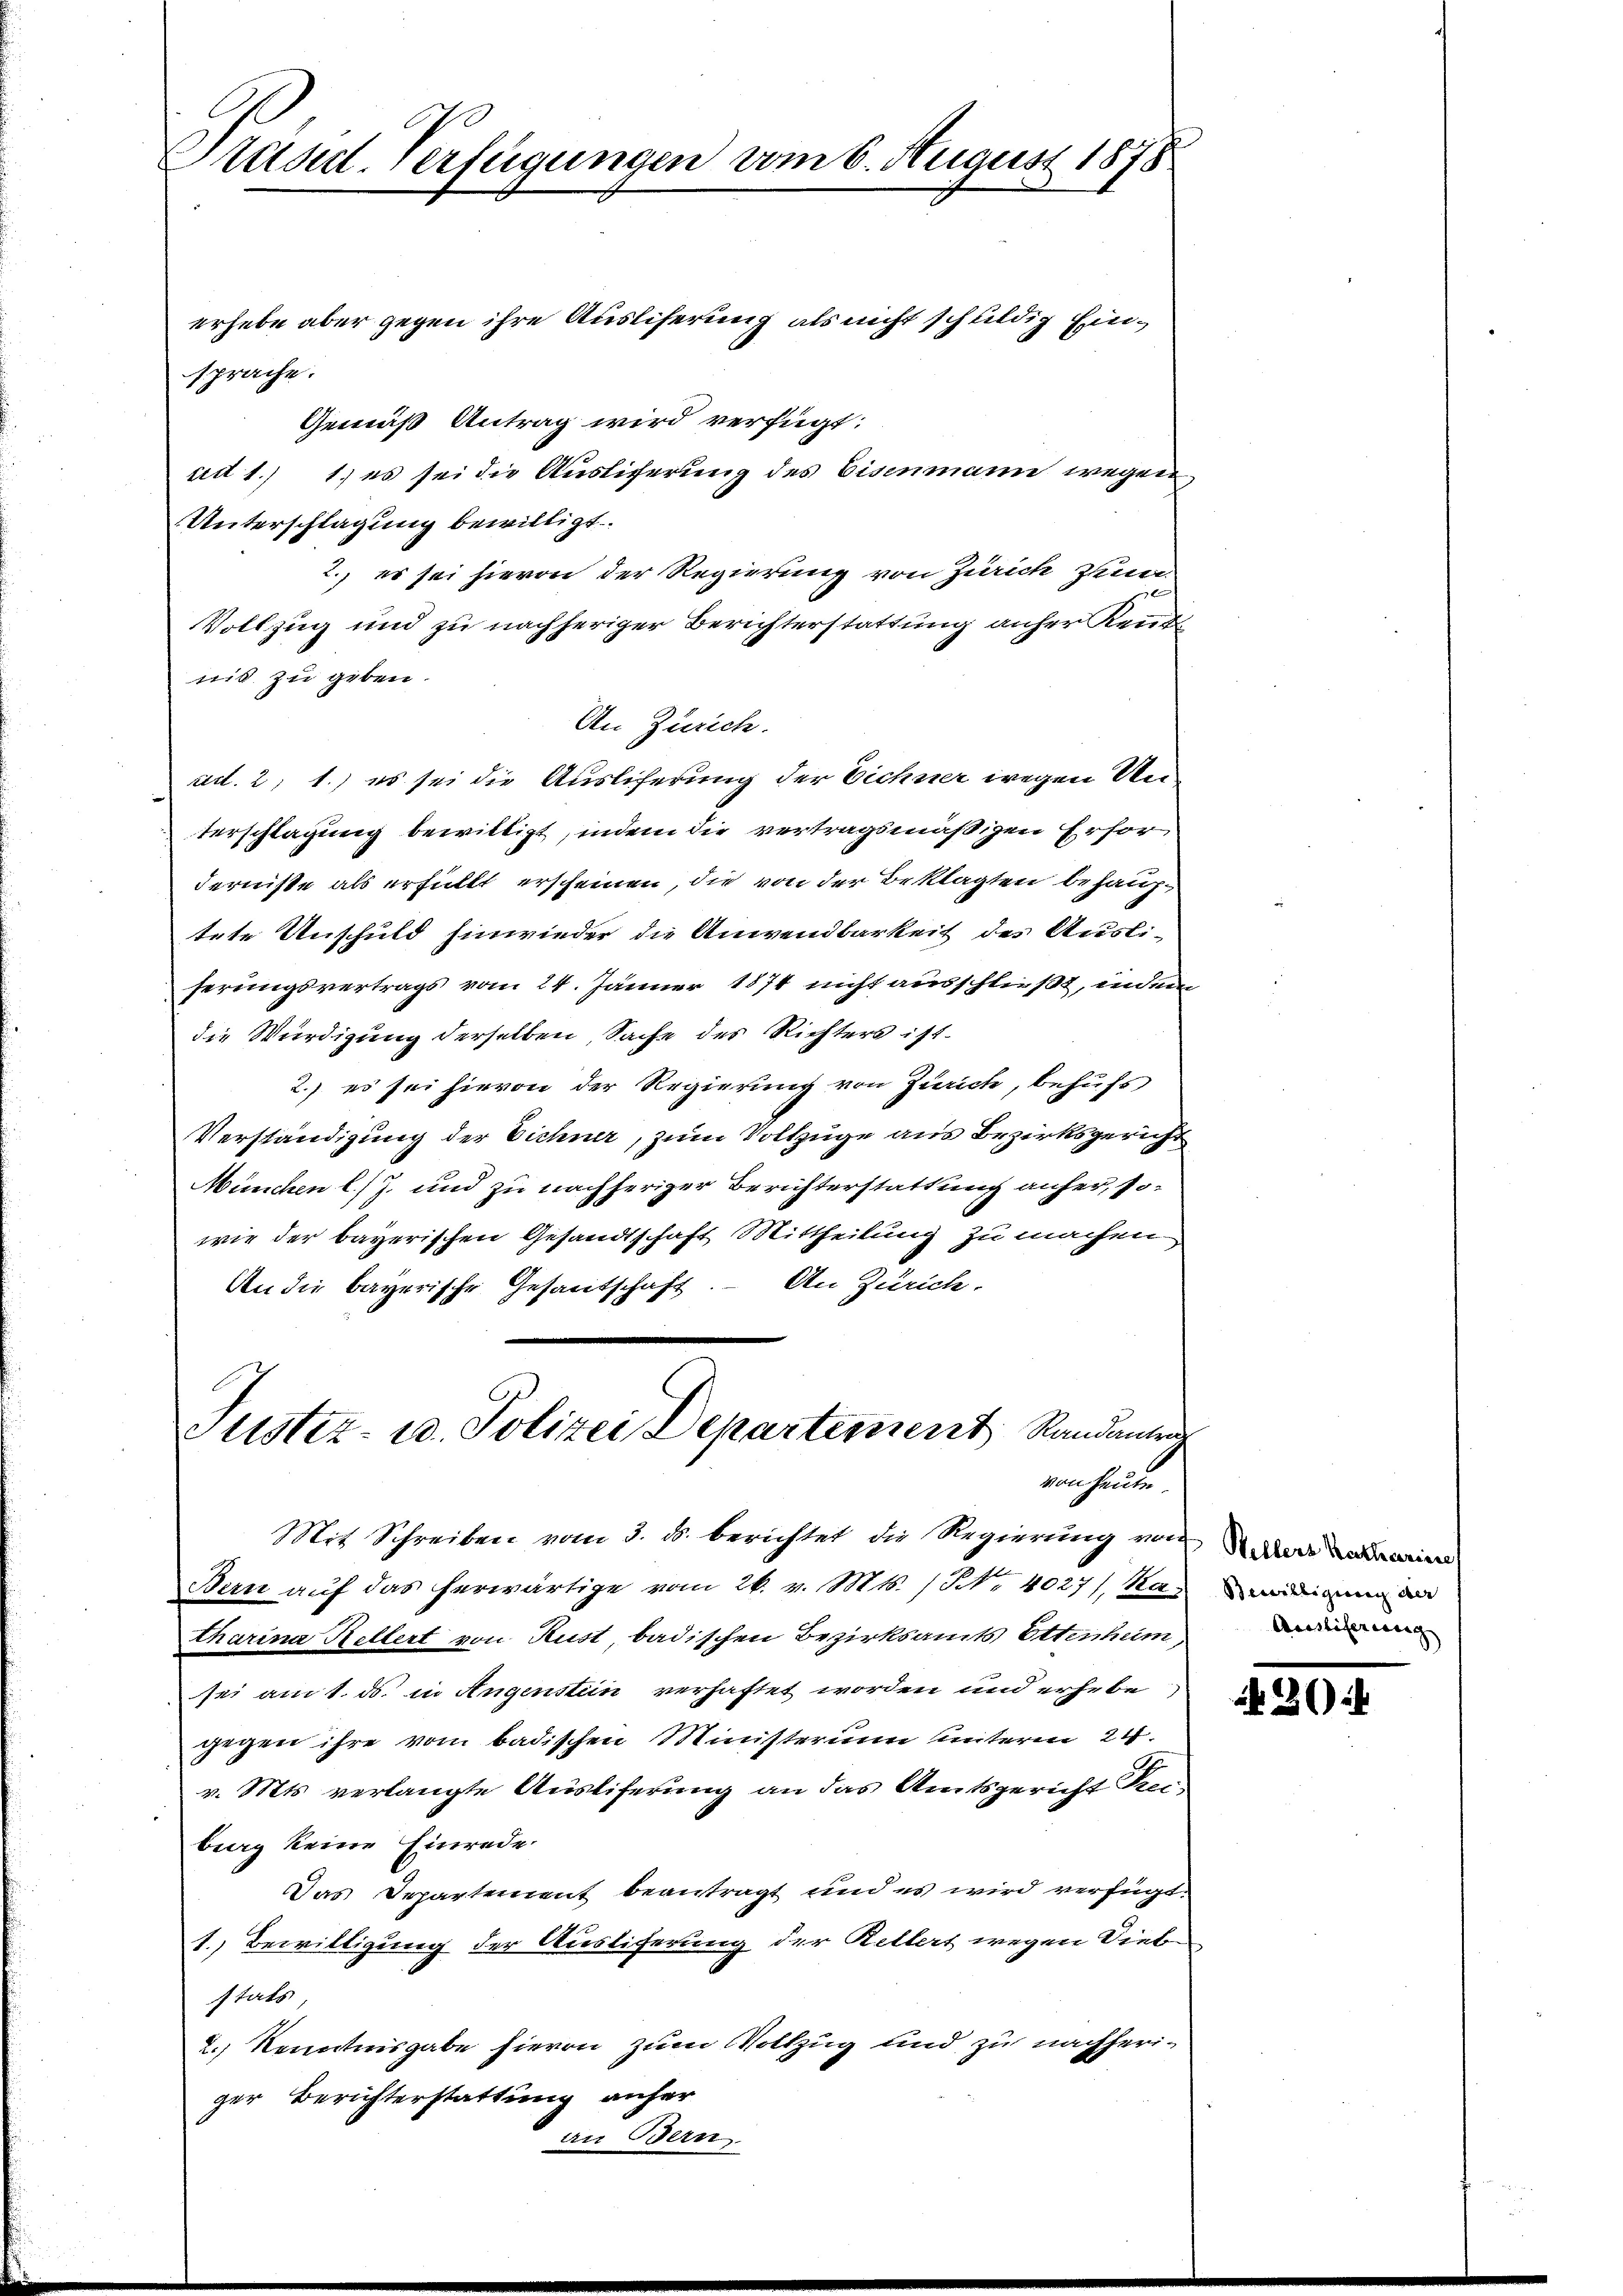
Prasul-Verfügungen vom 6. August 1878
erhebe aber gegen ihre Ausliferung als nicht schuldig hinsprache.

Gemäß Antrag wird verfügt:
ad 1.) 1) es sei die Auslicherung des Eisenmann wegen
Unterschlagung bewilligt.
2., es sei hievon der Regierung von Zürich zuer
e
Vollzug und zu nachheriger Berichterstattung anher Reut
nis zu geben.
An Zürich.
ad. 2, 1.) es sei die Auslieferung der Eichner wegen Unterschlagung bewilligt, indem die vertragsmäßigen Erfordernisse als erfüllt erscheinen, die von der Beklagten behauptete Unschuld hinwieder die Anwendbarkeit des Ausli-
ferungsvertrags vom 24. Jänner 1874 nicht ausschließt, indem
die Würdigung derselben Sache des Richters ist.
2.) es sei hievon der Regierung von Zürich, behufs
Verständigung der Eichner, zum Vollzüge aus Bezirksgericht
München l. J. und zu nachheriger Berichterstattung anher, sowie der bayerischen Gesandtschaft Mittheilung zu machen
An die bayerische Gesandschaft. – An Zürich.
Justiz- u. Polizei Departement Randantra

von heute

Mit Schreiben vom 3. ds. berichtet die Regierung von Admin
Bern auf das herwärtige vom 26. v. Mts. / NNo. 4027) Katharina Kellert von Rust, badischen Bezirksamts Ottenhum,
sei am 1. ds. in Augensten verhaftet worden und erhebe
gegen ihre vom badischen Ministerium unterm 24.
v. Mts. verlangte Ausliferung an das Amtsgericht Krei
berg keine Einrede.
Das Departement beantragt und es wird verfügt:
1. Bewilligung der Ausliferung der Rellert wegen Dieb
stats,
2.) Kenntnisgabe hieren zum Vollzug und zu nachheriger Berichterstattung anher
an Bern

Bewilligung der
Austiferung

36